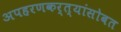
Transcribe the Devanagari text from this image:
अपहरणकर्त्यांसोबत